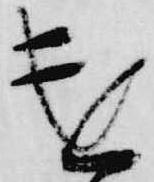
遣